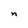
Character: n